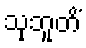
သုဘူတိံ